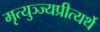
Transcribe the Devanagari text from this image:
मृत्युञ्ज्यप्रीत्यर्थे